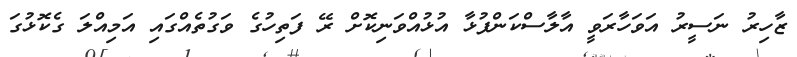
ޒާހިރު ނަސީރު އަވަހާރަވީ އާލާސްކަންފުޅާ އުޅުއްވަނިކޮށް ރޭ ފަތިހުގެ ވަގުތެއްގައި އަމިއްލަ ގެކޮޅުގަ